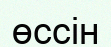
өссін